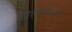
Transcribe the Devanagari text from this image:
खेलोबाची